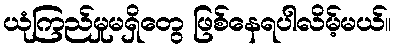
ယုံကြည်မှုမရှိတွေ ဖြစ်နေရပါလိမ့်မယ်။